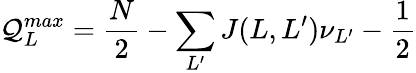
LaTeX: \mathcal{Q}_{L}^{max}=\frac{{N}}{{2}}-\sum_{L^{\prime}}J(L,L^{\prime})\nu_{L^{\prime}}-\frac{{1}}{{2}}